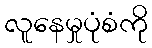
လူနေမှုပုံစံကို